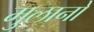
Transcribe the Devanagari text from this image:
मुलानो